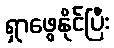
ရှာဖွေနိုင်ပြီး